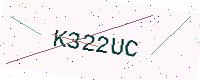
Text: K322UC